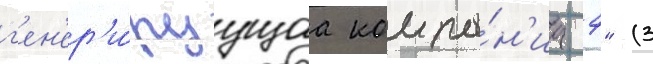
г'ен'ер'и́руущаа компа́н'иа 4" (3